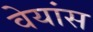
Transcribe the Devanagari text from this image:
वेयांस